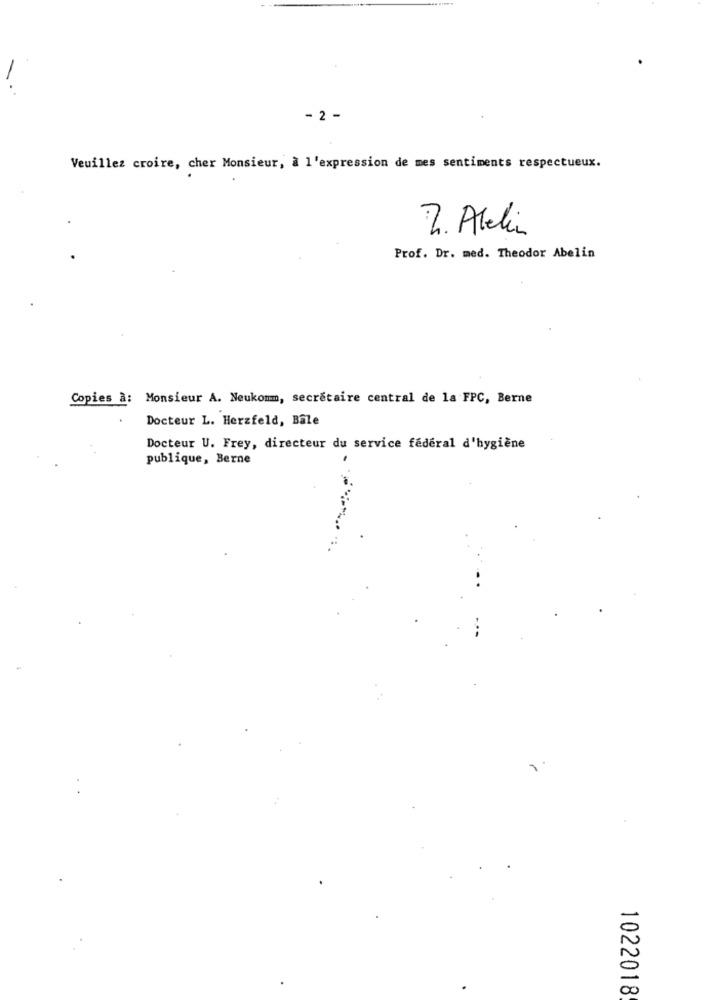
- 2 -
Veuillez croire, cher Monsieur, à l'expression de mes sentiments respectueux.
2. Allin
Prof. Dr. med. Theodor Abelin
Copies à: Monsieur A. Neukomm, secrétaire central de la FPC, Berne
Docteur L. Herzfeld, Bale
Docteur U. Frey, directeur du service federal d'hygiène
publique, Berne
.
1022018